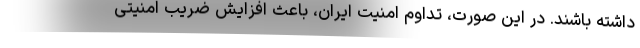
داشته باشند. در این صورت، تداوم امنیت ایران، باعث افزایش ضریب امنیتی